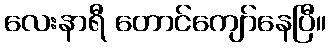
လေးနာရီ တောင်ကျော်နေပြီ။